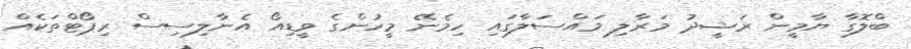
ބްލޮގާ ޔާމީން ރަޝީދު މަރާލި މައްސަލާގައި ހިމެނޭ މީހުންގެ ވީޑިއޯ އެނާލިސިސް ރިޕޯޓްތަކެއް